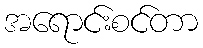
အရောင်းစင်တာ